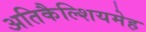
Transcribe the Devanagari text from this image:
अतिकैल्शियमेह